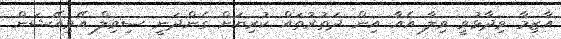
އާޒިމާ ވިދާޅުވީ ވިލާ އެއާ އިން ދަތުރުތައް ކުރިޔަށް ގެންދަނީ ސިވިލް އޭވިއޭޝަން